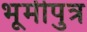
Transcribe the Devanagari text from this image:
भूमीपुत्र